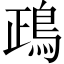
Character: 鴊